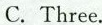
C. Three.